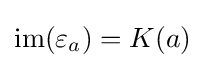
\mathrm {im} (\varepsilon _{a})=K(a)